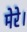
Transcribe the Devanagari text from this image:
मेरे।